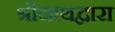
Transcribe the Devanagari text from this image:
श्रीनाथद्वारा